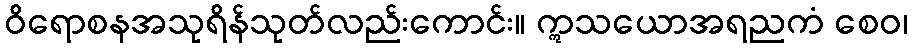
ဝိရောစနအသုရိန်သုတ်လည်းကောင်း။ ဣသယောအရညကံ စေဝ၊